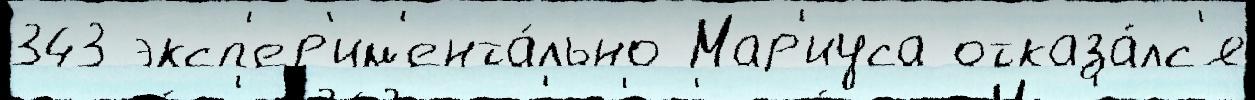
343 эксп'ер'им'ента́льно Мар'иуса отказа́лс'я